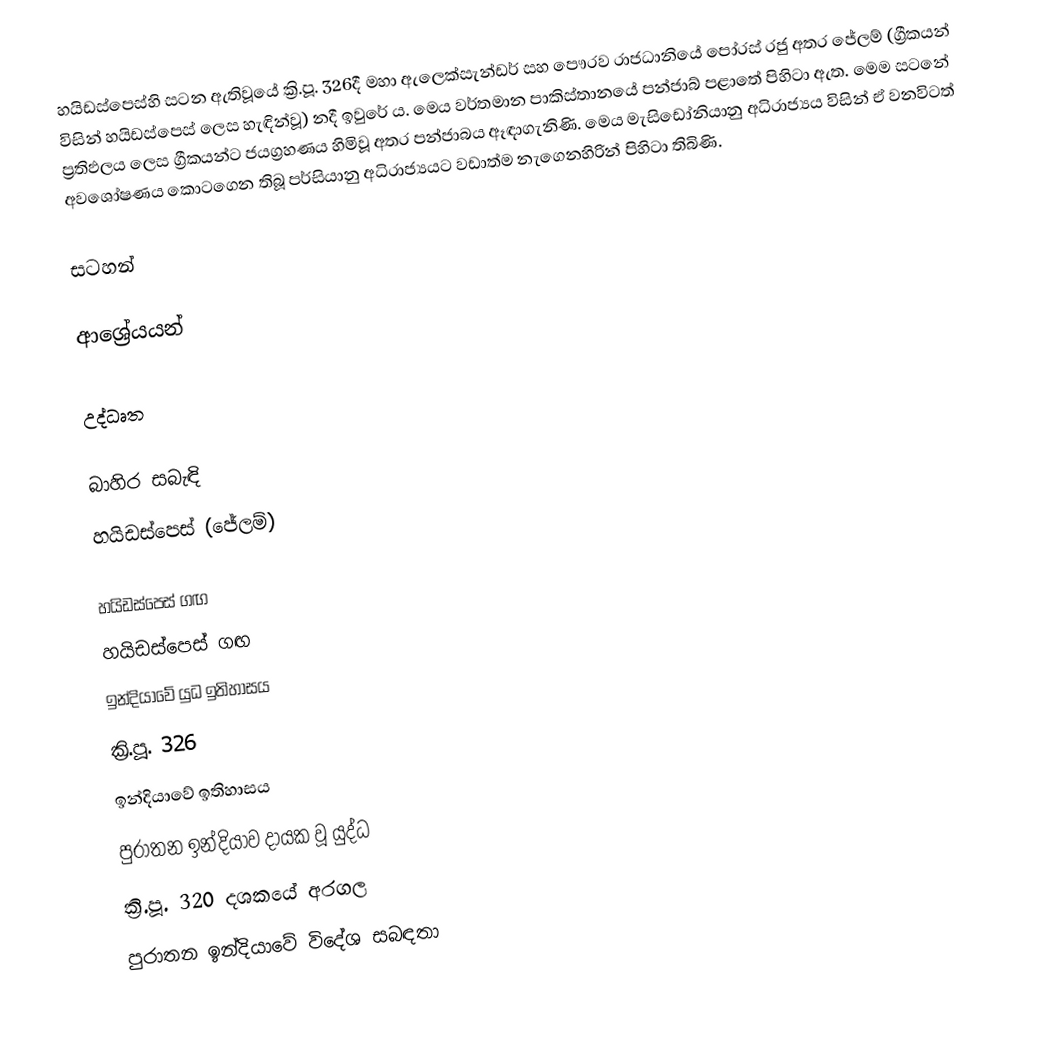
හයිඩස්පෙස්හි සටන ඇතිවූයේ ක්‍රි.පූ. 326දී මහා ඇලෙක්සැන්ඩර් සහ පෞරව රාජධානියේ පෝරස් රජු අතර ජේලම් (ග්‍රීකයන් විසින් හයිඩස්පෙස් ලෙස හැඳින්වූ) නදී ඉවුරේ ය. මෙය වර්තමාන පාකිස්තානයේ පන්ජාබ් පළාතේ පිහිටා ඇත. මෙම සටනේ ප්‍රතිඵලය ලෙස ග්‍රීකයන්ට ජයග්‍රහණය හිමිවූ අතර පන්ජාබය ඈඳාගැනිණි. මෙය මැසිඩෝනියානු අධිරාජ්‍යය විසින් ඒ වනවිටත් අවශෝෂණය කොටගෙන තිබූ පර්සියානු අධිරාජ්‍යයට වඩාත්ම නැගෙනහිරින් පිහිටා තිබිණි.

සටහන්

ආශ්‍රේයයන්

උද්ධෘත

බාහිර සබැඳි
හයිඩස්පෙස් (ජේලම්)

හයිඩස්පෙස් ගඟ
හයිඩස්පෙස් ගඟ
ඉන්දියාවේ යුධ ඉතිහාසය
ක්‍රි.පූ. 326
ඉන්දියාවේ ඉතිහාසය
පුරාතන ඉන්දියාව දායක වූ යුද්ධ
ක්‍රි.පූ. 320 දශකයේ අරගල
පුරාතන ඉන්දියාවේ විදේශ සබඳතා